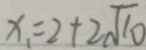
x _ { 1 } = 2 + 2 \sqrt { 1 0 }